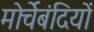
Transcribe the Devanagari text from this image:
मोर्चेबंदियों